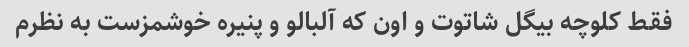
فقط کلوچه بیگل شاتوت و اون که آلبالو و پنیره خوشمزست به نظرم